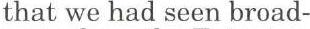
that we had seen broad-